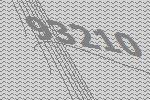
93210